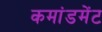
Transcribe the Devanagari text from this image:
कमांडमेंट